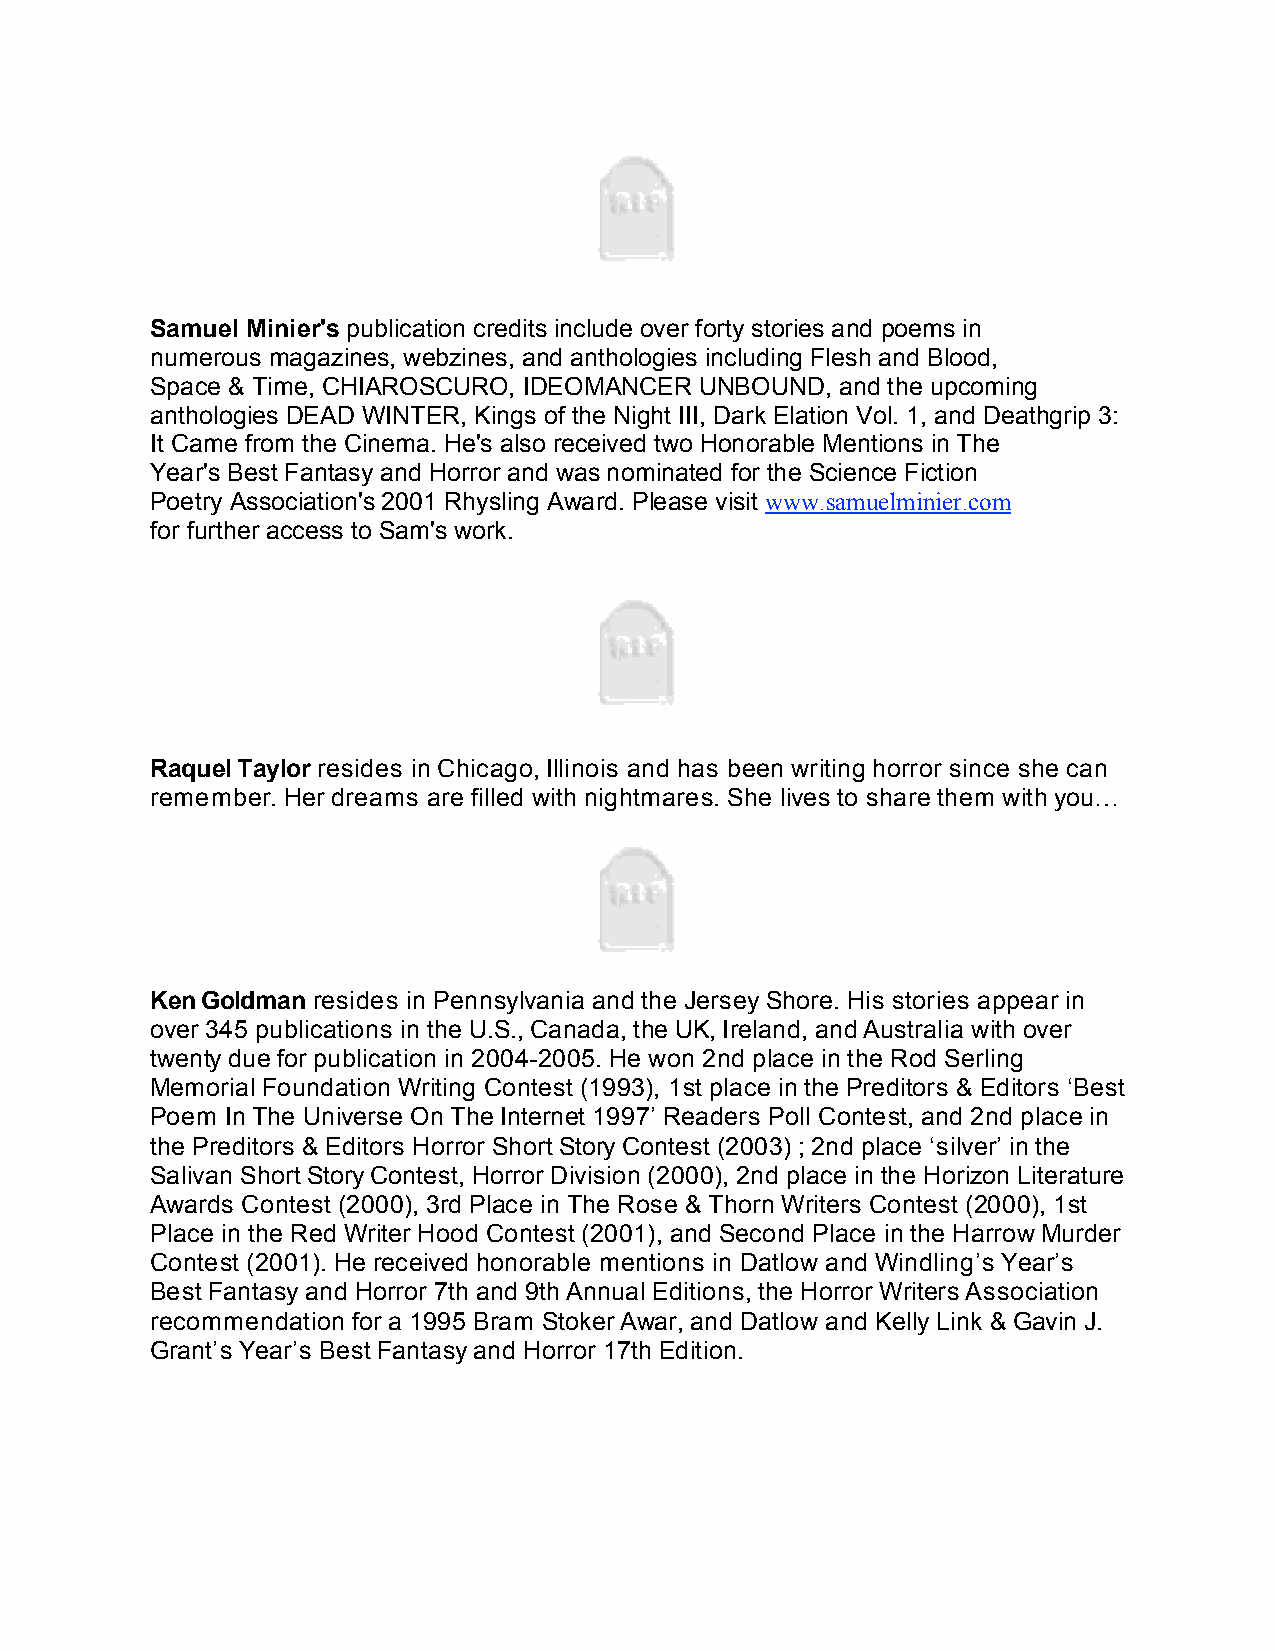
Samuel Minier's publication credits include over forty stories and poems in
 numerous magazines, webzines, and anthologies including Flesh and Blood,
 Space & Time, CHIAROSCURO, IDEOMANCER UNBOUND, and the upcoming
 anthologies DEAD WINTER, Kings of the Night III, Dark Elation Vol. 1, and Deathgrip 3:
 It Came from the Cinema. He's also received two Honorable Mentions in The
 Year's Best Fantasy and Horror and was nominated for the Science Fiction
 Poetry Association's 2001 Rhysling Award. Please visit www.samuelminier.com
 for further access to Sam's work.
 Raquel Taylor resides in Chicago, Illinois and has been writing horror since she can
 remember. Her dreams are filled with nightmares. She lives to share them with you…
 Ken Goldman resides in Pennsylvania and the Jersey Shore. His stories appear in
 over 345 publications in the U.S., Canada, the UK, Ireland, and Australia with over
 twenty due for publication in 2004-2005. He won 2nd place in the Rod Serling
 Memorial Foundation Writing Contest (1993), 1st place in the Preditors & Editors ‘Best
 Poem In The Universe On The Internet 1997’ Readers Poll Contest, and 2nd place in
 the Preditors & Editors Horror Short Story Contest (2003) ; 2nd place ‘silver’ in the
 Salivan Short Story Contest, Horror Division (2000), 2nd place in the Horizon Literature
 Awards Contest (2000), 3rd Place in The Rose & Thorn Writers Contest (2000), 1st
 Place in the Red Writer Hood Contest (2001), and Second Place in the Harrow Murder
 Contest (2001). He received honorable mentions in Datlow and Windling’s Year’s
 Best Fantasy and Horror 7th and 9th Annual Editions, the Horror Writers Association
 recommendation for a 1995 Bram Stoker Awar, and Datlow and Kelly Link & Gavin J.
 Grant’s Year’s Best Fantasy and Horror 17th Edition.